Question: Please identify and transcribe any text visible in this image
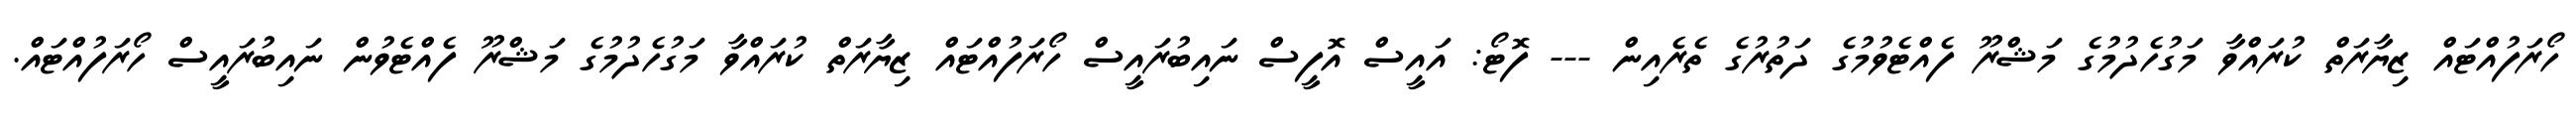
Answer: ހޯރަފުއްޓައް ޒިޔާރަތް ކުރައްވާ މަގުހެދުމުގެ މަޝްރޫ ފެއްޓެވުމުގެ ދަތުރުގެ ތެރެއިން --- ފޮޓޯ: އައީސް އޮފީސް ނައިބުރައީސް ހޯރަފުއްޓައް ޒިޔާރަތް ކުރައްވާ މަގުހެދުމުގެ މަޝްރޫ ފެއްޓެވުން ނައިބުރައީސް ހޯރަފުއްޓައް.